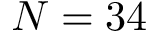
N = 3 4